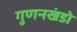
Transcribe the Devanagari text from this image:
गुणनखंडो